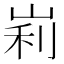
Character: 峲